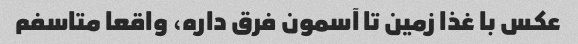
عکس با غذا زمین تا آسمون فرق داره، واقعا متاسفم